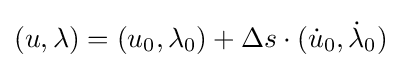
(u,\lambda )=(u_{0},\lambda _{0})+\Delta s\cdot ({\dot {u}}_{0},{\dot {\lambda }}_{0})